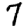
Digit: 7